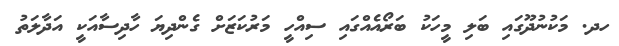
ހދ. މަކުނުދޫގައި ބަލި މީހަކު ބަރޯއެއްގައި ސިއްހީ މަރުކަޒަށް ގެންދިޔަ ހާދިސާއަކީ އަދާލަތު